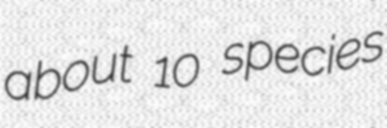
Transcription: about 10 species